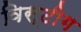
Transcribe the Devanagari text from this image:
विस्टीग